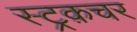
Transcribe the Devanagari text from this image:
स्ट्रक़चर